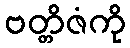
ဗတ္တိဇံကို